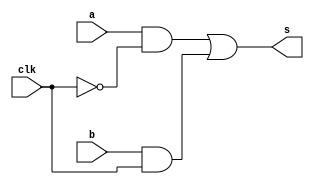
module tristate(a, b, clk, s);
	input a, b, clk;
	output s;
	wire [0:2] T;
	wire inv; // sinal do clock invertido	
	
	not not0(inv, clk);
	// depende do clock para saber passagem a que bit dar 
	and and0(T[0], a, inv);
	and and1(T[1], b, clk);
	or or0(s, T[0], T[1]);
	
endmodule